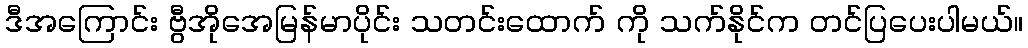
ဒီအကြောင်း ဗွီအိုအေမြန်မာပိုင်း သတင်းထောက် ကို သက်နိုင်က တင်ပြပေးပါမယ်။